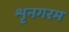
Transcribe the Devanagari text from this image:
शृनगरम